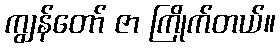
ကျွန်တော် ဇာ ကြိုက်တယ်။